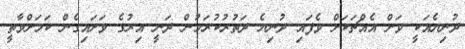
ދުނިޔެއަކީ ވަށް އެއްޗަކަށް ވެފައި ދުނިޔެ ދަތުރުކުރަމުން ދަނީ އިރުގެ ވަށައިގެން ކަމަށްވާތީ